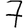
Digit: 7